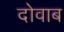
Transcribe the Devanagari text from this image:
दोवाब